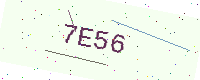
Text: 7E56